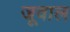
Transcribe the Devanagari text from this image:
जूवाल